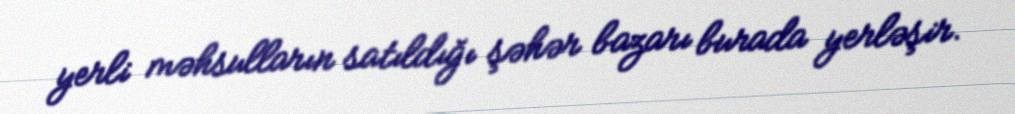
yerli məhsulların satıldığı şəhər bazarı burada yerləşir.